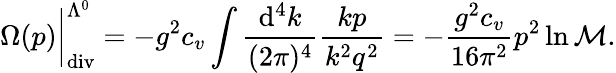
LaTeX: \Omega(p)\bigg|_{\mathrm{div}}^{\Lambda^{0}}=-g^{2}c_{v}\int\frac{\mathrm{d}^{4}k}{(2\pi)^{4}}\frac{kp}{k^{2}q^{2}}=-\frac{g^{2}c_{v}}{16\pi^{2}}p^{2}\ln\mathcal{M}.